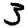
Digit: 3